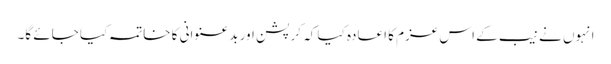
انہوں نے نیب کے اس عزم کا اعادہ کیا کہ کرپشن اور بدعنوانی کا خاتمہ کیا جائے گا۔